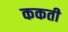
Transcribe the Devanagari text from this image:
ककती